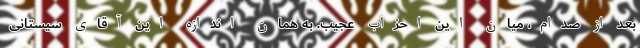
بعد از صدام، میان این احزاب عجیب. به همان اندازه این آقای سیستانی